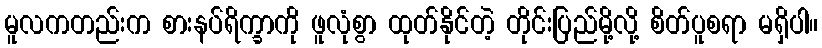
မူလကတည်းက စားနပ်ရိက္ခာကို ဖူလုံစွာ ထုတ်နိုင်တဲ့ တိုင်းပြည်မို့လို့ စိတ်ပူစရာ မရှိပါ။